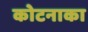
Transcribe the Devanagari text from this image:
कोटनाका